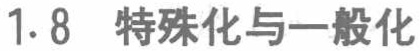
1.8 特殊化与一般化